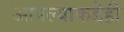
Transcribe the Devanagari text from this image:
आपल्याकडेही